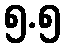
၅.၅